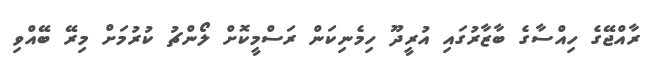
ރާއްޖޭގެ ހިއްސާގެ ބާޒާރުގައި އުރީދޫ ހިމެނިކަން ރަސްމީކޮށް ލޯންޗު ކުރުމަށް މިރޭ ބޭއްވި